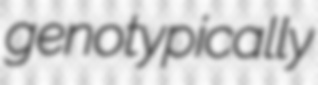
genotypically